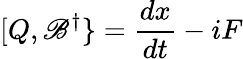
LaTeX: [Q,\mathscr{B}^{\dagger}\} ={\frac{{dx}}{{dt}}}-iF